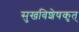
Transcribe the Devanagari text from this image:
सुखविशेषकृत्